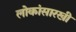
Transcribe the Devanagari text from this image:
लोकांसारखी